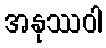
အနုဿဝါ